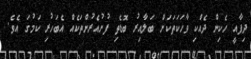
ދިފާއީ ހެކިން ދެއްކި ވާހަކަތަކަށް ބަލާއިރު ބޮޑެތި ފުށުއެރުންތަކެއް އެެބަހުރި ކަމުގަ އެވެ.